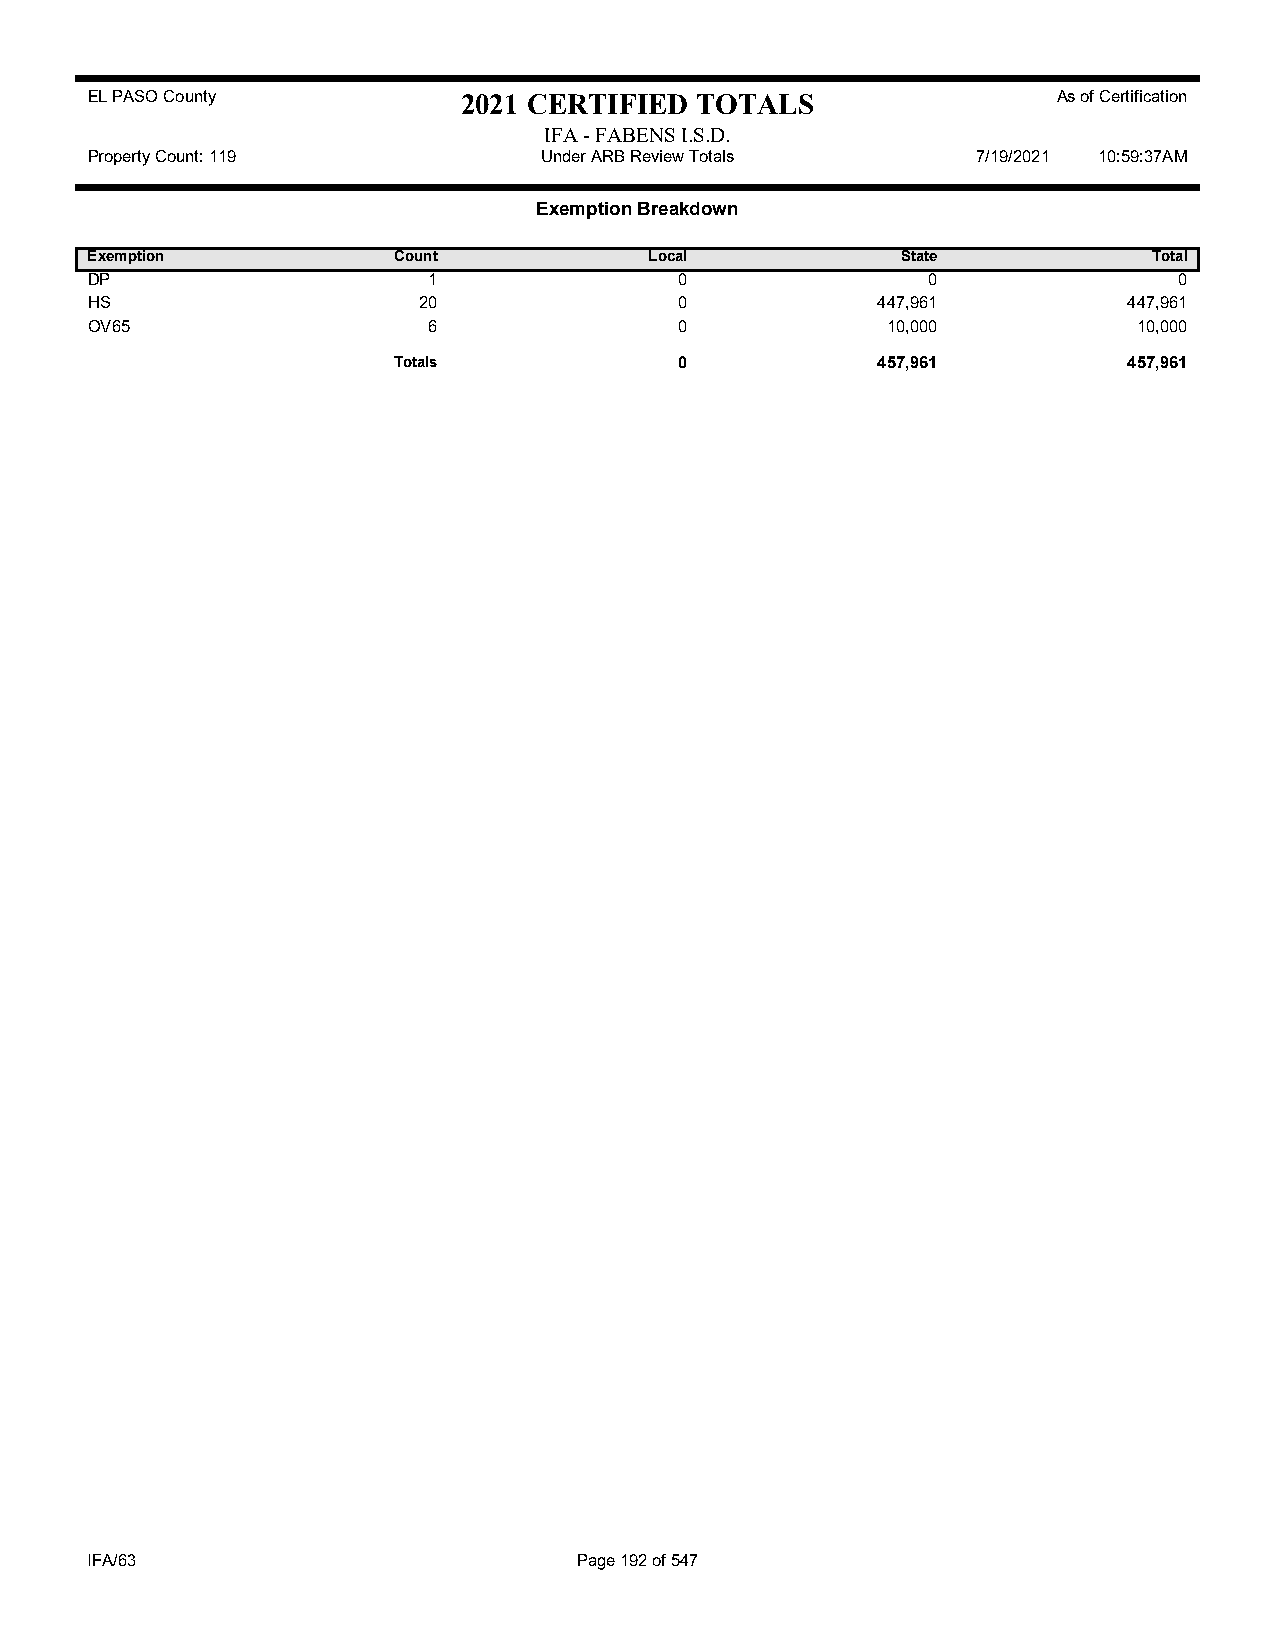
EL PASO County           2021 CERTIFIED TOTALS                  As of Certification
 IFA - FABENS I.S.D.
 Property Count: 119           Under ARB Review Totals      7/19/2021 10:59:37AM
 Exemption Breakdown
 Exemption           Count            Local            State           Total
 DP                    1                0               0                0
 HS                    20               0            447,961          447,961
 OV65                  6                0             10,000          10,000
 Totals             0            457,961          457,961
 IFA/63                          Page 192 of 547